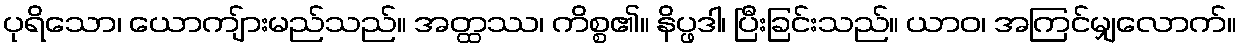
ပုရိသော၊ ယောကျ်ားမည်သည်။ အတ္ထဿ၊ ကိစ္စ၏။ နိပ္ဖဒါ၊ ပြီးခြင်းသည်။ ယာဝ၊ အကြင်မျှလောက်။